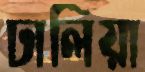
ঢালিয়া